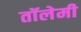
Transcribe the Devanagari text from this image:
तॉलेमी